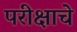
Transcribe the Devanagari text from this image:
परीक्षाचे